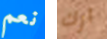
نعم آرك